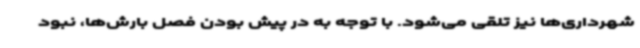
شهرداری‌ها نیز تلقی می‌شود. با توجه به در پیش بودن فصل بارش‌ها، نبود